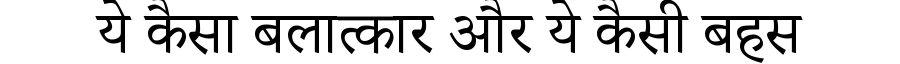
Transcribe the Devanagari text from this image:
ये कैसा बलात्कार और ये कैसी बहस